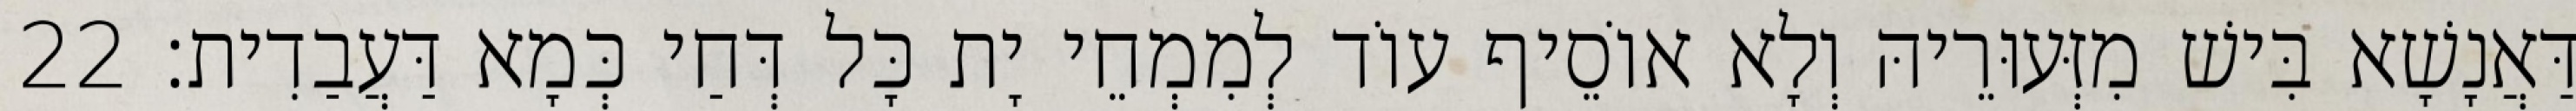
דַּאֲנָשָׁא בִּישׁ מִזְּעוּרֵיהּ וְלָא אוֹסֵיף עוֹד לְמִמְחֵי יָת כָּל דְּחַי כְּמָא דַּעֲבַדִית׃ 22